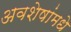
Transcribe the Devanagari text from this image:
अवशेषांमधे